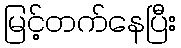
မြင့်တက်နေပြီး